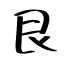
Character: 艮